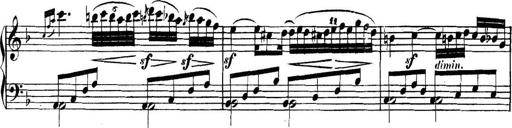
Title: Collected Piano Sonatas
Composer: Muzio Clementi